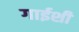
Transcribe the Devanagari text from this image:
गाईशी